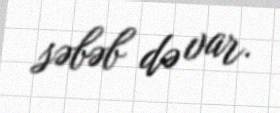
səbəb də var.